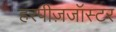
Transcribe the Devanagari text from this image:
हरपीज़जॉस्टर